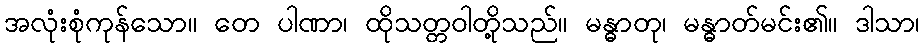
အလုံးစုံကုန်သော။ တေ ပါဏာ၊ ထိုသတ္တဝါတို့သည်။ မန္ဓာတု၊ မန္ဓာတ်မင်း၏။ ဒါသာ၊